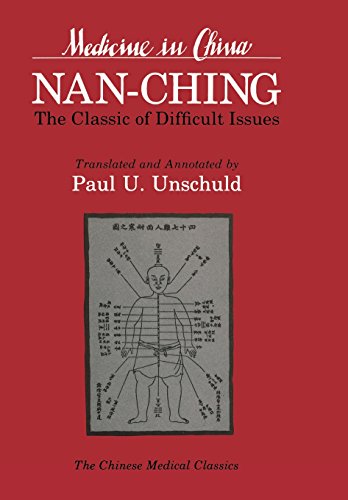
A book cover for Nan-chingThe Classic of Difficult Issues (Comparative Studies of Health Systems and Medical Care); Paul U. Unschuld; Health, Fitness & Dieting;